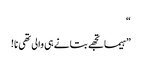
“
”ہیما تجھے بتانے ہی والی تھی نا!